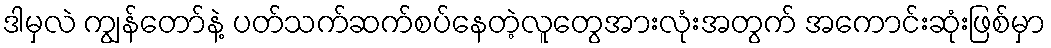
ဒါမှလဲ ကျွန်တော်နဲ့ ပတ်သက်ဆက်စပ်နေတဲ့လူတွေအားလုံးအတွက် အကောင်းဆုံးဖြစ်မှာ